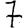
Digit: 7